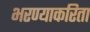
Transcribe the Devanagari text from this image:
भरण्याकरिता